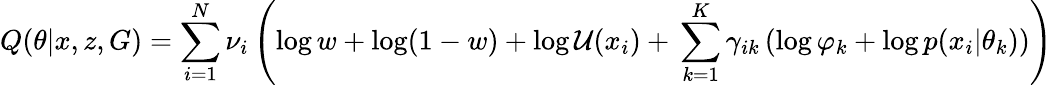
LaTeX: Q(\theta|x,z,G)=\sum_{i=1}^{N}\nu_{i}\left(\log w+\log(1-w)+\log{\mathcal{U}(x_{i})}+\, \sum_{k=1}^{K}\gamma_{ik}\left(\log\varphi_{k}+\log p(x_{i}|\theta_{k})\right)\right)